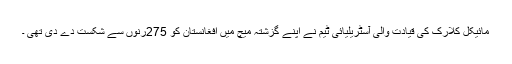
مائیکل کلارک کی قیادت والی آسٹریلیائی ٹیم نے اپنے گزشتہ میچ میں افغانستان کو 275رنوں سے شکست دے دی تھی ۔